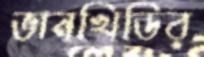
ভানখিডির